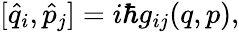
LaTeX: [\hat{q}_{i},\hat{p}_{j}]=i\hbar g_{ij}(q,p),